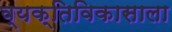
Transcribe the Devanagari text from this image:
व्यक्तिविकासाला